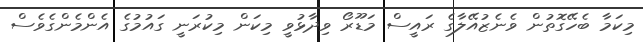
މިކަމާ ބެހޭގޮތުން ވެނެޒުއޭލާގެ ރައީސް މަޑޫރޯ ވިދާޅުވީ މިކަން މިކުރަނީ ގައުމުގެ އެންމެންގެވެސް